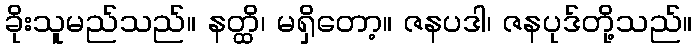
ခိုးသူမည်သည်။ နတ္ထိ၊ မရှိတော့။ ဇနပဒါ၊ ဇနပုဒ်တို့သည်။